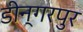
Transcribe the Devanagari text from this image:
डीन्गरपुर